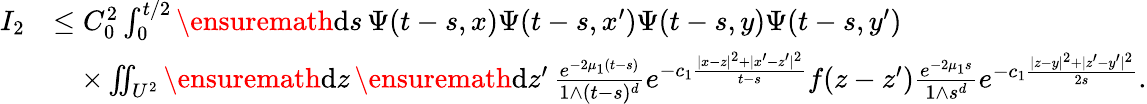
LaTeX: \begin{array}{rl}{I_{2}}&{\le C_{0}^{2}\int_{0}^{t/2}\ensuremath{\mathrm{d}}s\, \Psi(t-s,x)\Psi(t-s,x^{\prime})\Psi(t-s,y)\Psi(t-s,y^{\prime})}\\ &{\quad\times\iint_{U^{2}}\ensuremath{\mathrm{d}}z\, \ensuremath{\mathrm{d}}z^{\prime}\, \frac{e^{-2\mu_{1}(t-s)}}{1\wedge(t-s)^{d}}e^{-c_{1}\frac{|x-z|^{2}+|x^{\prime}-z^{\prime}|^{2}}{t-s}}f(z-z^{\prime})\frac{e^{-2\mu_{1}s}}{1\wedge s^{d}}e^{-c_{1}\frac{|z-y|^{2}+|z^{\prime}-y^{\prime}|^{2}}{2s}}.}\end{array}